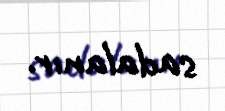
sadalanır.